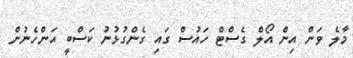
މާލެ ވަން އިން އޯލް ގެސްޓް ހައުސް ގައި ގެންގުޅުނު ކަސްބީ އަންހެނުން